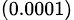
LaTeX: _{(0.0001)}